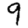
Digit: 9